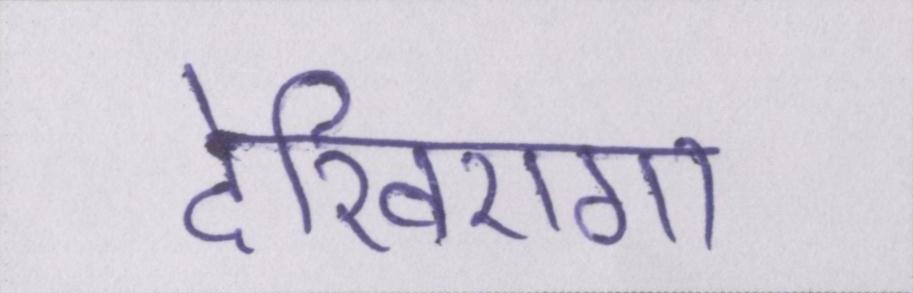
देखिएगा